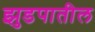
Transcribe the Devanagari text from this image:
झुडपातील